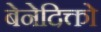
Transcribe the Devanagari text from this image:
बेनेदिक्तो